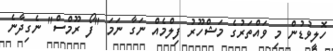
ހޮލީވުޑުން މި ވައްތަރުގެ މަޝްހޫރު ފިލްމެއް ނަގާ ނަމަ "ފޯ ރޫމްސް" ނެގިދާނެ